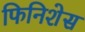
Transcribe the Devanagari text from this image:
फिनिशेस